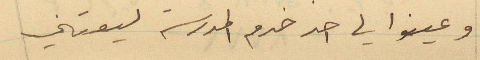
وعينوا لي احد خدم المدرسة ليعتني